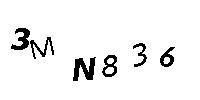
3MN836